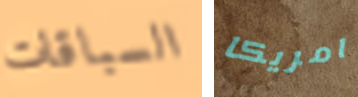
السباقات امريكا